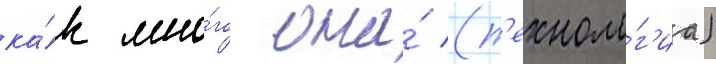
ка́к мно́го она́ (т'ехноло́г'иа)